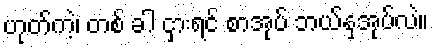
ဟုတ်ကဲ့၊ တစ် ခါ ငှားရင် စာအုပ် ဘယ်နှအုပ်လဲ။